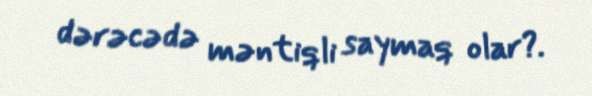
dərəcədə məntiqli saymaq olar?.